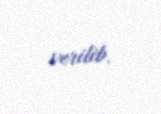
verilib.